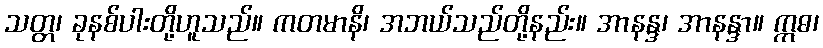
သတ္တ၊ ခုနစ်ပါးတို့ဟူသည်။ ကတမာနိ၊ အဘယ်သည်တို့နည်း။ အာနန္ဒ၊ အာနန္ဒာ။ ဣဓ၊